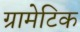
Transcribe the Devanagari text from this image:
ग्रामेटिक